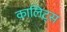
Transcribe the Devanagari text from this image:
कालिट्स